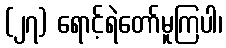
(၂၇) ရောင့်ရဲတော်မူကြပါ၊